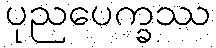
ပုညပေက္ခဿ